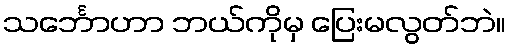
သင်္ဘောဟာ ဘယ်ကိုမှ ပြေးမလွတ်ဘဲ။